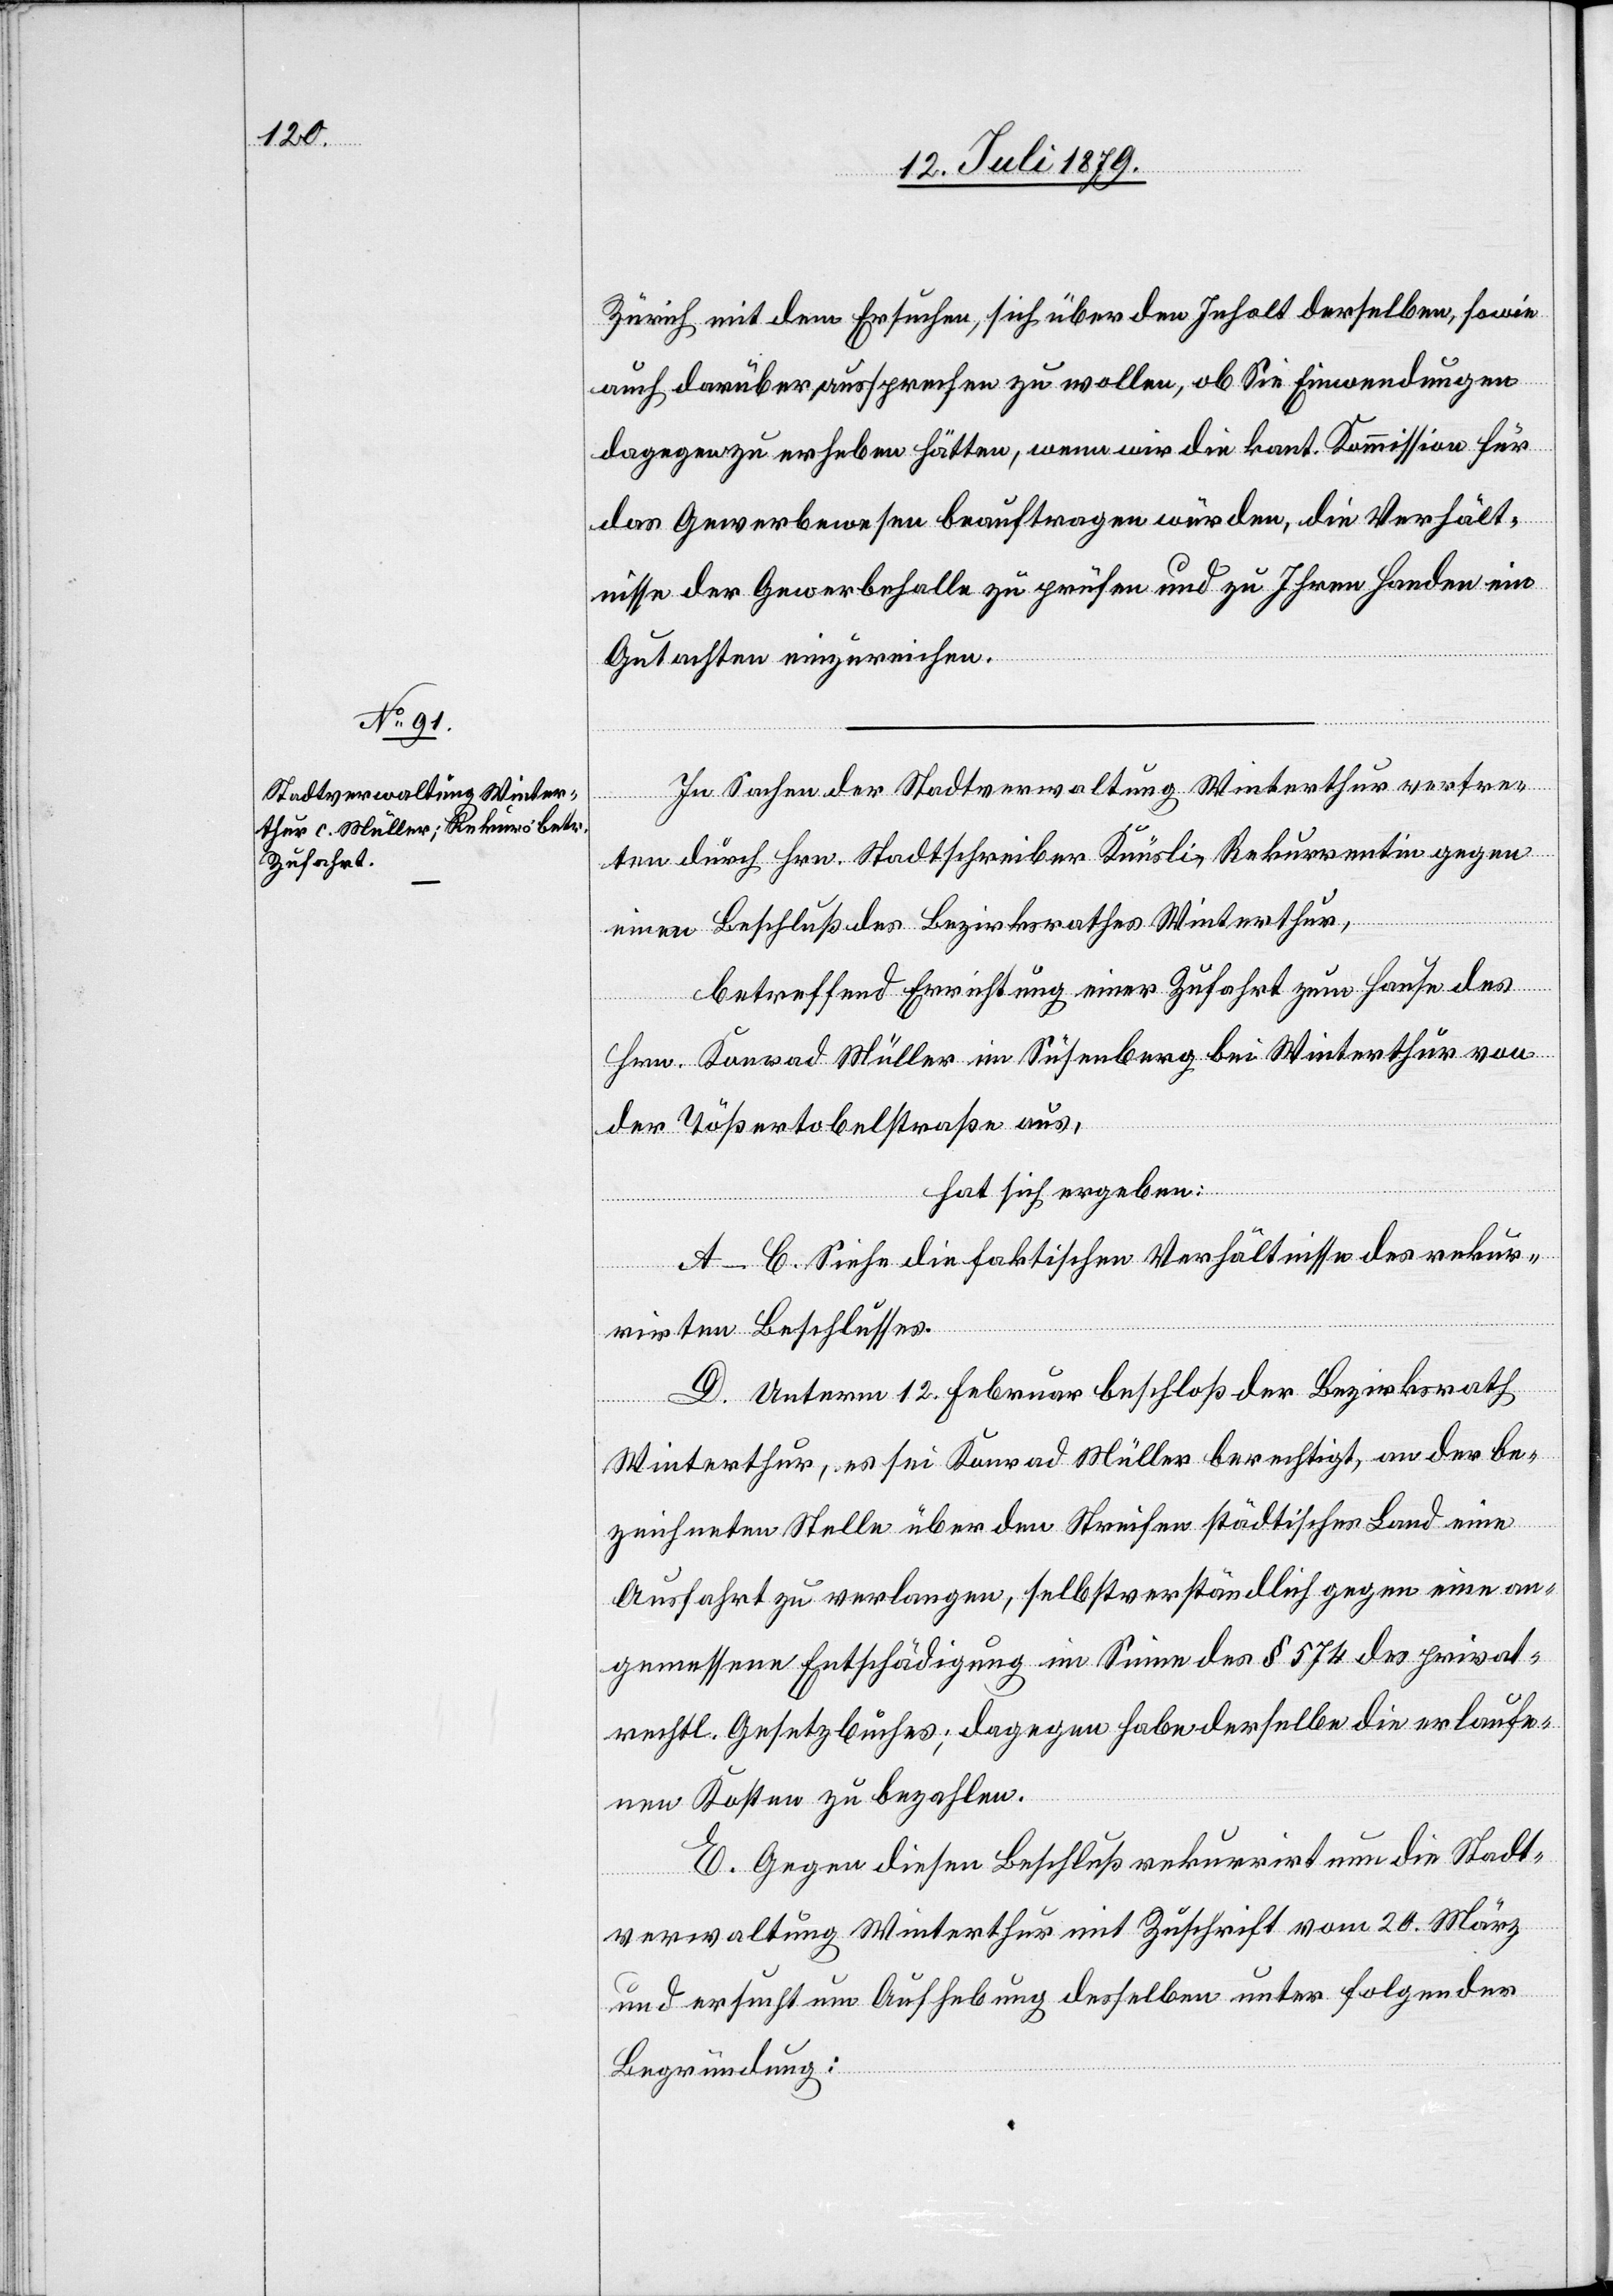
Zürich mit dem Ersuchen, sich über den Inhalt derselben, sowie
auch darüber aussprechen zu wollen, ob Sie Einwendungen
dagegen zu erheben hätten, wenn wir die kant. Kommission für
das Gewerbewesen beauftragen würden, die Verhält¬
nisse der Gewerbehalle zu prüfen und zu Ihren Handen ein
Gutachten einzureichen.
In Sachen der Stadtverwaltung Winterthur vertre¬
ten durch Hrn. Stadtschreiber Knüsli, Rekurrentin gegen
einen Beschluß des Bezirksrathes Winterthur,
betreffend Errichtung einer Zufahrt zum Hause des
Hrn. Konrad [sic!] Müller im Süsenberg bei Winterthur von
der Tößertobelstraße aus,
hat sich ergeben:
A–C. Siehe die faktischen Verhältnisse des rekur¬
rirten Beschlusses.
D. Unterm 12. Februar beschloß der Bezirksrath
Winterthur, es sei Konrad Müller berechtigt, an der be¬
zeichneten Stelle über den Streifen städtisches Land eine
Ausfahrt zu verlangen, selbstverständlich gegen eine an¬
gemessene Entschädigung im Sinne des § 574 des privat¬
rechtl. Gesetzbuches; dagegen habe derselbe die erlaufe¬
nen Kosten zu bezahlen.
E. Gegen diesen Beschluß rekurrirt nun die Stadt¬
verwaltung Winterthur mit Zuschrift vom 20. März
und ersucht um Aufhebung desselben unter folgender
Begründung: